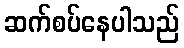
ဆက်စပ်နေပါသည်